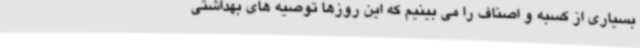
بسیاری از کسبه و اصناف را می بینیم که این روزها توصیه های بهداشتی